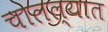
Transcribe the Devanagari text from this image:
चालल्यात